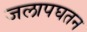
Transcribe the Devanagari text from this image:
जलापघतन